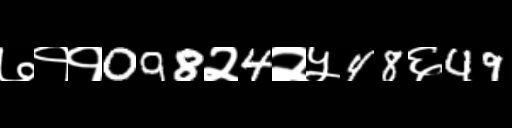
Text: ७११098२4२५48६49